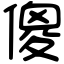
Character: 傻